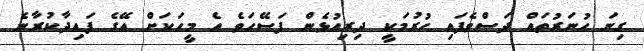
ގިނަ ހުނަރުތައް ދަސްވެފައި ހުރުމަކީ ދިރިއުޅެން ފަސޭހަވެ އެ މީހަކަށް އޭގެ ފައިދާކުރާނެ